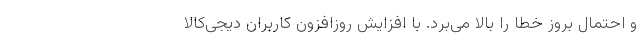
و احتمال بروز خطا را بالا می‌برد. با افزایش روزافزون کاربران دیجی‌کالا